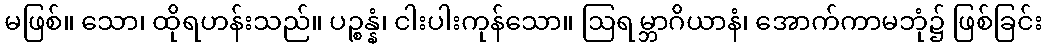
မဖြစ်။ သော၊ ထိုရဟန်းသည်။ ပဉ္စန္နံ၊ ငါးပါးကုန်သော။ ဩရမ္ဘာဂိယာနံ၊ အောက်ကာမဘုံ၌ ဖြစ်ခြင်း